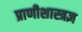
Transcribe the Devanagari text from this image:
प्राणीशास्त्रज्ञ